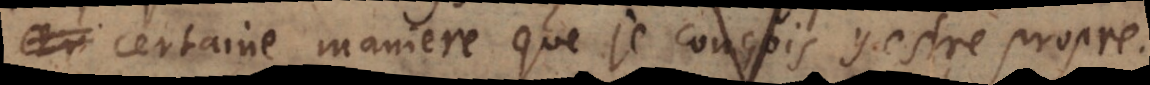
certaine maniere que je conçois y estre propre.